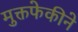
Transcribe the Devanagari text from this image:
मुक्तफेकीने